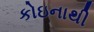
કોઇનાથી